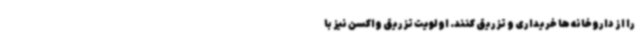
را از داروخانه ها خریداری و تزریق کنند. اولویت تزریق واکسن نیز با